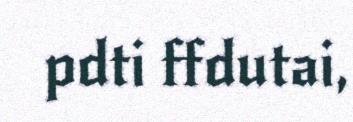
pdti ffdutai,